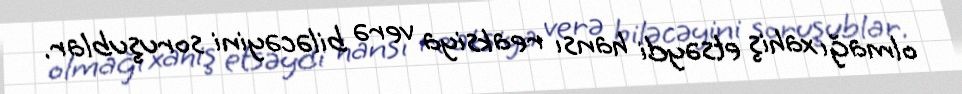
olmağı xahiş etsəydi hansı reaksiya verə biləcəyini soruşublar.